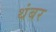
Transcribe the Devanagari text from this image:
थंबर